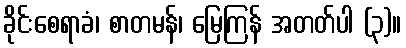
ခိုင်းစေရာခံ၊ စာတမန်၊ မြေကြန် အတတ်ပါ (၃)။